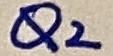
Text: Q2